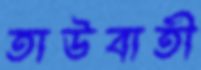
তাউবাতী